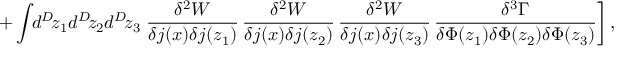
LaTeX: + \int \! \! d ^ { D } \! z _ { 1 } d ^ { D } \! z _ { 2 } d ^ { D } \! z _ { 3 } \left. \frac { \delta ^ { 2 } W } { \delta j ( x ) \delta j ( z _ { 1 } ) } \, \frac { \delta ^ { 2 } W } { \delta j ( x ) \delta j ( z _ { 2 } ) } \, \frac { \delta ^ { 2 } W } { \delta j ( x ) \delta j ( z _ { 3 } ) } \, \frac { \delta ^ { 3 } \Gamma } { \delta \Phi ( z _ { 1 } ) \delta \Phi ( z _ { 2 } ) \delta \Phi ( z _ { 3 } ) } \right] ,